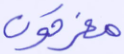
مغرقون